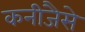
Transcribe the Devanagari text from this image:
कनीजैसे